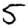
Digit: 5